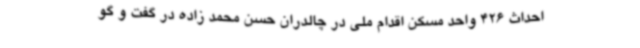
احداث 426 واحد مسکن اقدام ملی در چالدران حسن محمد زاده در گفت و گو